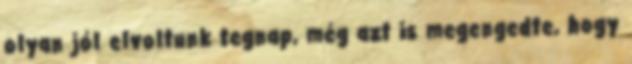
olyan jól elvoltunk tegnap, még azt is megengedte, hogy